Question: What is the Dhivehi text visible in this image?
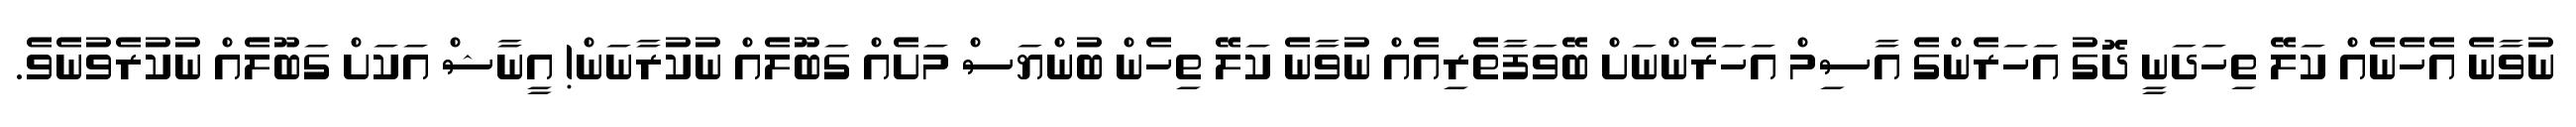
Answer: ނުވާނެ އެހެނެއް ކަލޭ ތިހަދަނީ ދޮގު އަހަރެންގެ އާސިމް އަހަރެންނަށް ބޭވަފާތެރިއެއް ނުވާނެ ކަލޭ ތިހެން ބުންޔަސް މަށެއް ގަބޫލެއް ނުކުރާނަން! އީނާޝް އަކަށް ގަބޫލެއް ނުކުރެވުނެވެ.